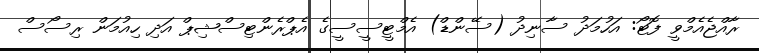
ރާއްޖެއެމްވީ ފޮޓޯ: އަހުމަދު ސާނިދު (ސޭންޑް) އެމްޓީސީސީގެ އެޕްރެންޓިސްޝިޕް އަދި ހިއުމަން ރިސޯސް